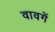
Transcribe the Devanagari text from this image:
वावगें